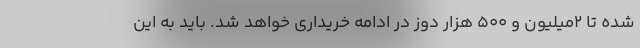
شده تا 2میلیون و 500 هزار دوز در ادامه خریداری خواهد شد. باید به این